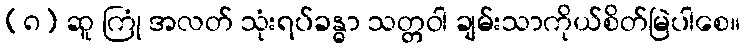
(၈) ဆူ ကြုံ အလတ် သုံးရပ်ခန္ဓာ သတ္တဝါ ချမ်းသာကိုယ်စိတ်မြဲပါစေ။